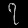
Digit: ၇